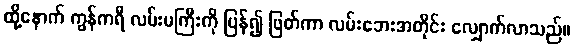
ထို့နောက် ကွန်ကရီ လမ်းမကြီးကို ပြန်၍ ဖြတ်ကာ လမ်းဘေးအတိုင်း လျှောက်လာသည်။